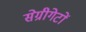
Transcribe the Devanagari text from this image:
सेग्रीगेटों